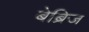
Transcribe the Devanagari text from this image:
बेब्रिज